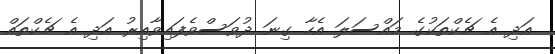
އަދި އެ ޗެކްތަކުގެ މައްސަލަ އެހާ ގިނަ ދުވަސްވެފައިވާއިރު އަދި އެ ޗެކްތައް